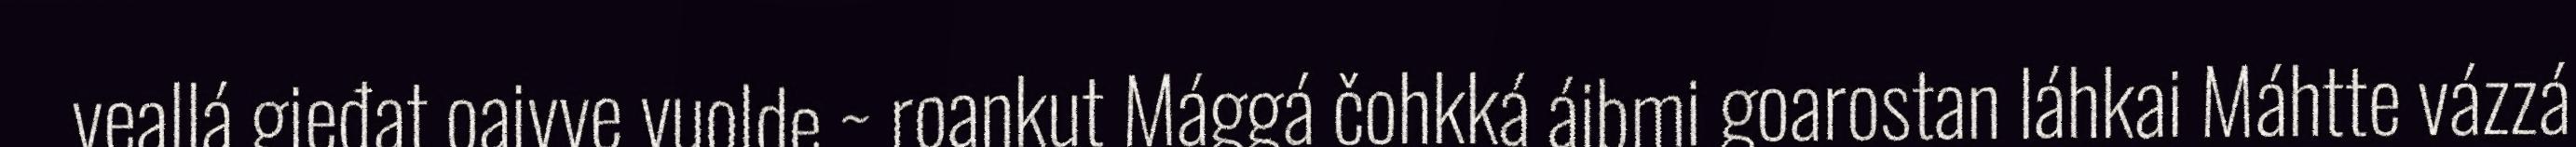
veallá gieđat oaivve vuolde ~ roaŋkut Mággá čohkká áibmi goarostan láhkai Máhtte vázzá